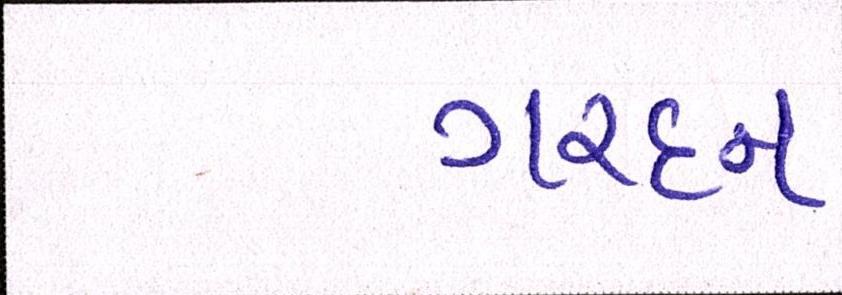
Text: ગરદન